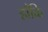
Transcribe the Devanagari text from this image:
हाँकि